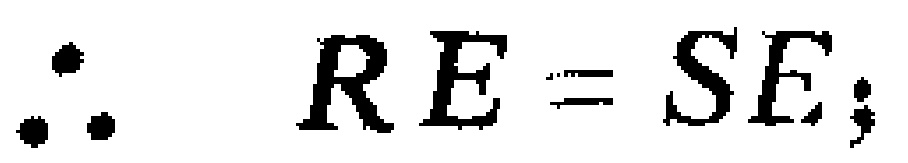
\(\therefore RE = SE;\)